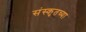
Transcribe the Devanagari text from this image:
संस्‍कृतच्या